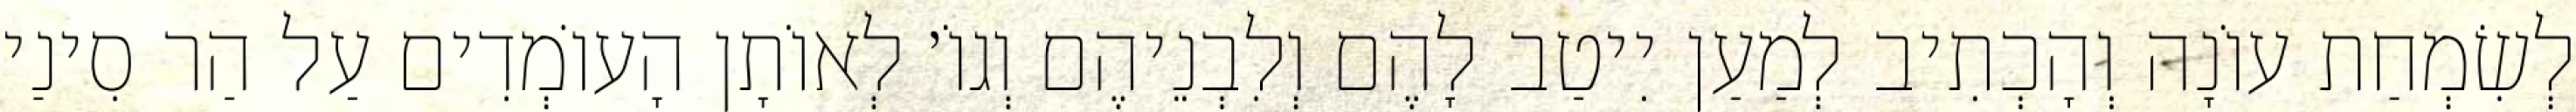
לְשִׂמְחַת עוֹנָה וְהָכְתִיב לְמַעַן יִיטַב לָהֶם וְלִבְנֵיהֶם וְגוֹ׳ לְאוֹתָן הָעוֹמְדִים עַל הַר סִינַי